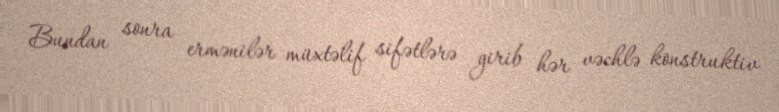
Bundan sonra ermənilər müxtəlif sifətlərə girib hər vəchlə konstruktiv